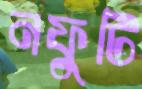
নফুটি